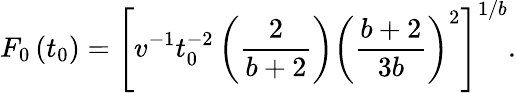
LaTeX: F_{0}\left(t_{0}\right)=\left[v^{-1}t_{0}^{-2}\left({\frac{2}{b+2}}\right)\left({\frac{b+2}{3b}}\right)^{2}\right]^{1/b}.